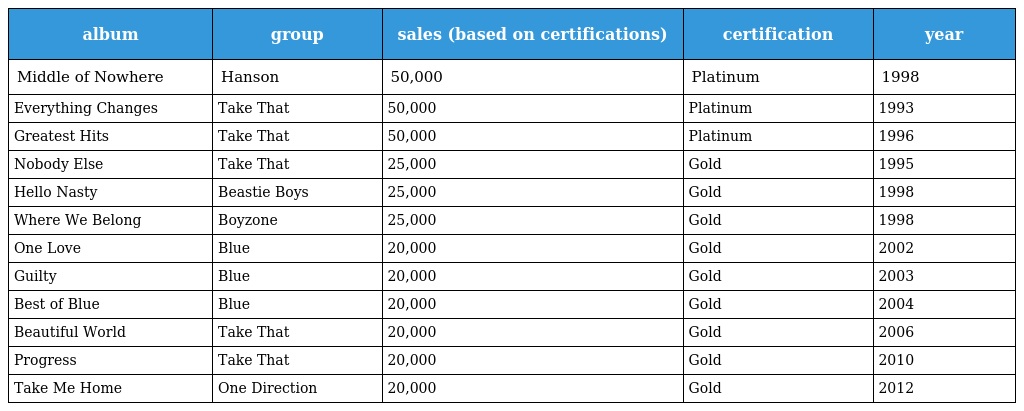
| album | group | sales (based on certifications) | certification | year |
 | --- | --- | --- | --- | --- |
 | Middle of Nowhere | Hanson | 50,000 | Platinum | 1998 |
 | Everything Changes | Take That | 50,000 | Platinum | 1993 |
 | Greatest Hits | Take That | 50,000 | Platinum | 1996 |
 | Nobody Else | Take That | 25,000 | Gold | 1995 |
 | Hello Nasty | Beastie Boys | 25,000 | Gold | 1998 |
 | Where We Belong | Boyzone | 25,000 | Gold | 1998 |
 | One Love | Blue | 20,000 | Gold | 2002 |
 | Guilty | Blue | 20,000 | Gold | 2003 |
 | Best of Blue | Blue | 20,000 | Gold | 2004 |
 | Beautiful World | Take That | 20,000 | Gold | 2006 |
 | Progress | Take That | 20,000 | Gold | 2010 |
 | Take Me Home | One Direction | 20,000 | Gold | 2012 |